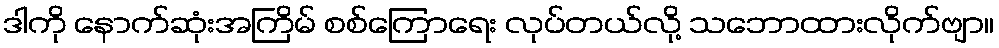
ဒါကို နောက်ဆုံးအကြိမ် စစ်ကြောရေး လုပ်တယ်လို့ သဘောထားလိုက်ဗျာ။